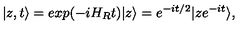
| z , t \rangle = e x p ( - i H _ { R } t ) | z \rangle = e ^ { - i t / 2 } | z e ^ { - i t } \rangle ,